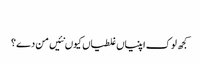
‏
کجھ لوک اپنیاں غلطیاں کیوں نئیں من دے؟